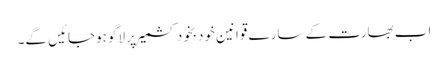
اب بھارت کے سارے قوانین خودبخود کشمیر پر لاگو ہوجائیں گے۔